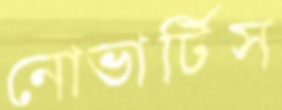
নোভার্টিস